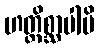
ဟတ္ထိစ္ဆာပါပိ